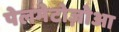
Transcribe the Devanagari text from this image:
पेलमेटोज़ोआ